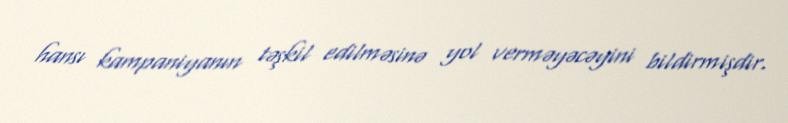
hansı kampaniyanın təşkil edilməsinə yol verməyəcəyini bildirmişdir.